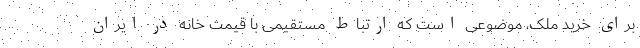
برای خرید ملک، موضوعی است که ارتباط مستقیمی با قیمت خانه در ایران